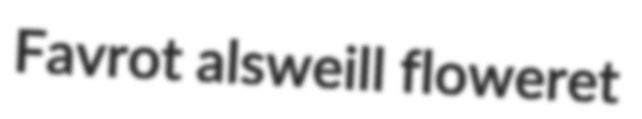
Favrot alsweill floweret